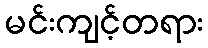
မင်းကျင့်တရား